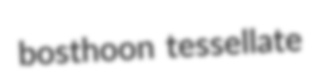
bosthoon tessellate